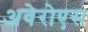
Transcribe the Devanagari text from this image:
अवेरोएस